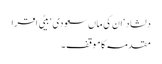
دلشاد‘ ان کی ماں سعودی ‘ بیٹی اقرا
مقدمہ کا موقف ۔